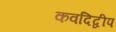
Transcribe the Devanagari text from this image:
कवदिद्वीप